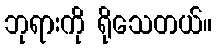
ဘုရားကို ရိုသေတယ်။